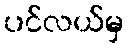
ပင်လယ်မှ